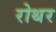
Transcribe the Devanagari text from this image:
रोथर